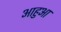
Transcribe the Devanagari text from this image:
आहुआ